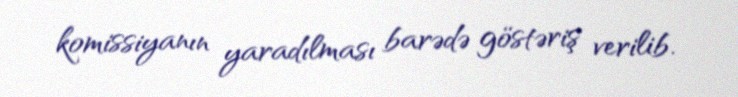
komissiyanın yaradılması barədə göstəriş verilib.